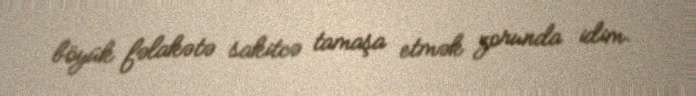
böyük fəlakətə sakitcə tamaşa etmək zorunda idim.